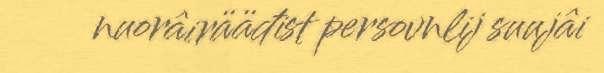
nuorâirääđist persovnlij suujâi